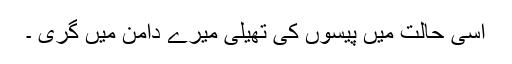
اسی حالت میں پیسوں کی تھیلی میرے دامن میں گری ۔